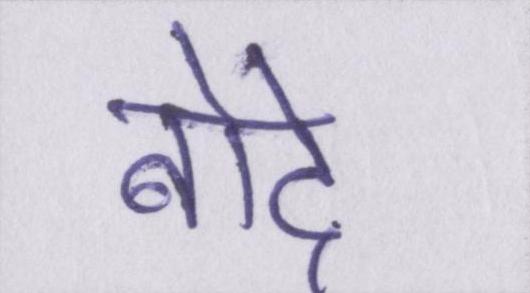
बोदे